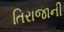
તિરાજાની